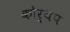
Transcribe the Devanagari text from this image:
कोर्थप